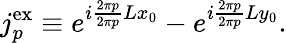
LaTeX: j_{p}^{\mathrm{ex}}\equiv e^{i\frac{2\pi p}{2\pi p}{L}x_{0}}-e^{i\frac{2\pi p}{2\pi p}{L}y_{0}}.